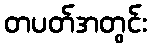
တပတ်အတွင်း